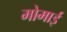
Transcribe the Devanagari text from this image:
मोमाई